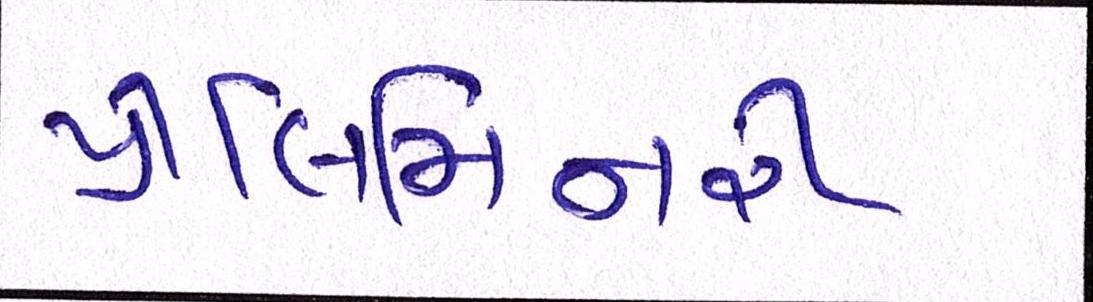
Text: પ્રીલિમિનરી